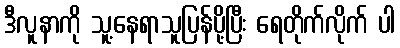
ဒီလူနာကို သူ့နေရာသူပြန်ပို့ပြီး ရေတိုက်လိုက် ပါ